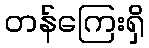
တန်ကြေးရှိ